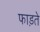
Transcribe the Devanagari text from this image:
फाड़ते